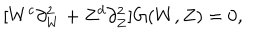
[ W ^ { c } \partial _ { W } ^ { 2 } + Z ^ { d } \partial _ { Z } ^ { 2 } ] G ( W , Z ) = 0 ,